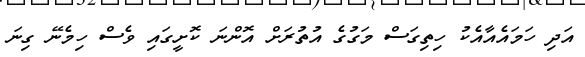
އަދި ހަމައެއާއެކު ހިތިގަސް މަގުގެ އުތުރަށް އޮންނަ ކޮށީގައި ވެސް ހިމެނޭ ގިނަ